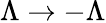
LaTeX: \Lambda\rightarrow-\Lambda